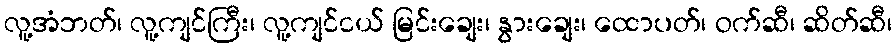
လူ့အံဘတ်၊ လူ့ကျင်ကြီး၊ လူ့ကျင်ငယ် မြင်းချေး၊ နွားချေး၊ ထောပတ်၊ ဝက်ဆီ၊ ဆိတ်ဆီ၊